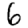
Digit: 6